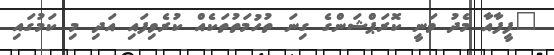
"ފީފާއާ މެދު ވަނީ ކޮރަޕްޝަންގެ ގިނަ ތުހުމަތުތަކެއް ކުރެވިފައި އަދި މި ކަމުގައި